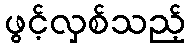
ဖွင့်လှစ်သည့်